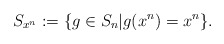
\begin{align*}S_{{x}^n}: = \{g \in S_n | g({x}^n)={x}^n \}.\end{align*}